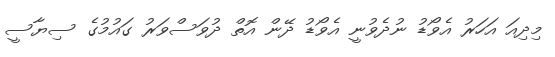
މިދިއަ އަހަރު އެވޯޑު ނުދެވުނީ އެވޯޑު ދޭން އޮތް ދުވަސްވަރު ގައުމުގެ ސިޔާސީ